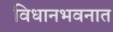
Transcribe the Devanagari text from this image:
विधानभवनात